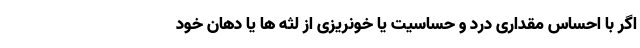
اگر با احساس مقداری درد و حساسیت یا خونریزی از لثه ها یا دهان خود